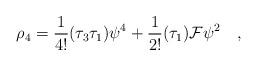
LaTeX: \begin{align*}\rho_4 = {\frac{1}{4!}}(\tau_3\tau_1)\psi^4 + {\frac{1}{2!}}(\tau_1){\cal{F}}\psi^2 \quad ,\end{align*}